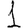
Digit: 1